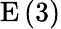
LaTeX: \mathrm{E}\left(3\right)